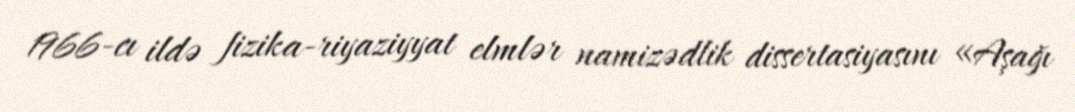
1966-cı ildə fizika-riyaziyyat elmlər namizədlik dissertasiyasını «Aşağı